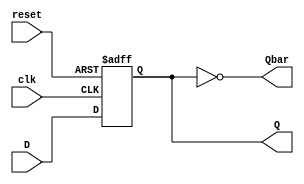
`timescale 1ns / 1ns
//////////////////////////////////////////////////////////////////////////////////
// Company: 
// Engineer: 
// 
// Design Name: 
// Module Name: Dff
// Project Name: 
// Target Devices: 
// Tool Versions: 
// Description: 
// 
// Dependencies: 
// 
// Revision:
// Revision 0.01 - File Created
// Additional Comments:
// 
//////////////////////////////////////////////////////////////////////////////////
module Dff(input clk,reset,D,output Qbar,output reg Q);
assign Qbar = ~Q;
always @(posedge clk or negedge reset)
begin
if(reset==0)       //Asynchronous active low reset
Q<=1'b0;
else
Q<=D;
end
endmodule